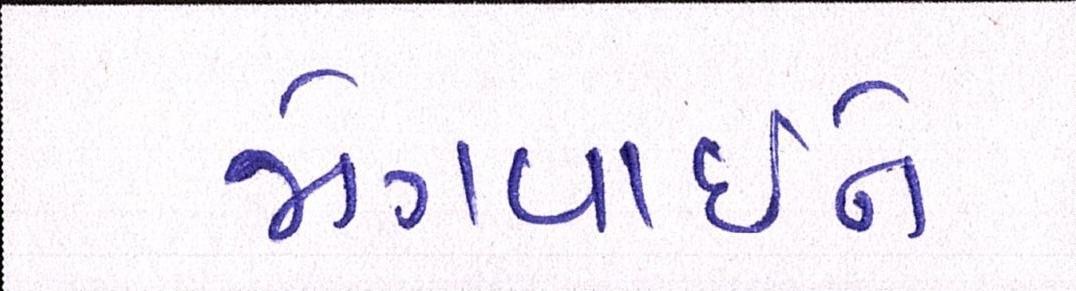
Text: જોગવાઈને